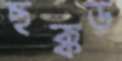
ছক্কড়